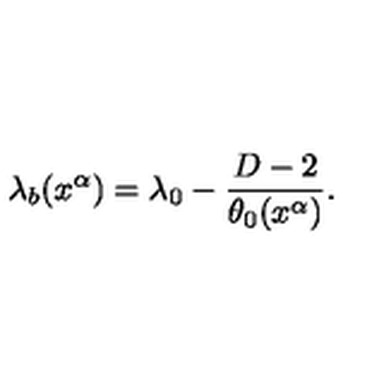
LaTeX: \lambda _ { b } ( x ^ { \alpha } ) = \lambda _ { 0 } - \frac { D - 2 } { \theta _ { 0 } ( x ^ { \alpha } ) } .